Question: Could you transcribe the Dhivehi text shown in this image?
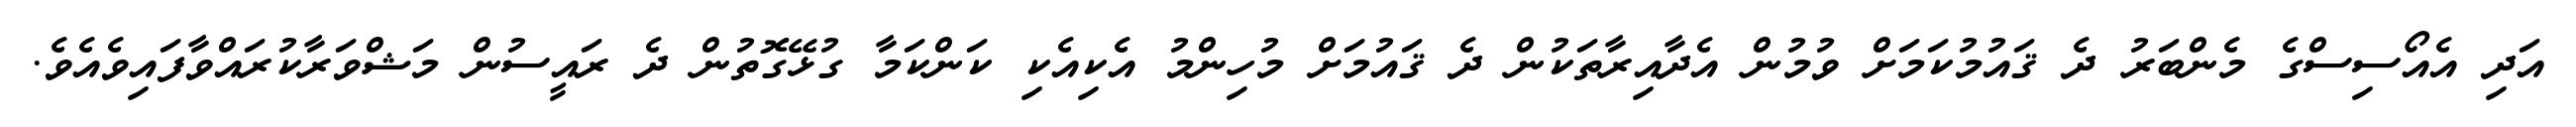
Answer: އަދި އެއޯސިސްގެ މެންބަރު ދެ ޤައުމުކަމަށް ވުމުން އެދާއިރާތަކުން ދެ ޤައުމަށް މުހިންމު އެކިއެކި ކަންކަމާ ގުޅޭގޮތުން ދެ ރައީސުން މަޝްވަރާކުރައްވާފައިވެއެވެ.